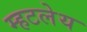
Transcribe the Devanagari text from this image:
म्हटलेय